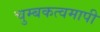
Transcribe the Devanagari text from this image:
चुम्बकत्वमापी